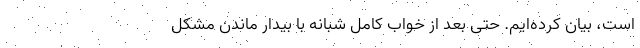
است، بیان کرده‌ایم. حتی بعد از خواب کامل شبانه با بیدار ماندن مشکل